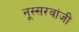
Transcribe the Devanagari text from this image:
नूस्सरवांजी